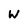
Character: W